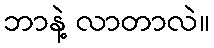
ဘာနဲ့ လာတာလဲ။